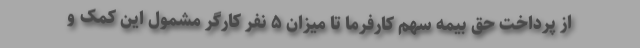
از پرداخت حق بیمه سهم کارفرما تا میزان ۵ نفر کارگر مشمول این کمک و